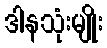
ဒါနသုံးမျိုး